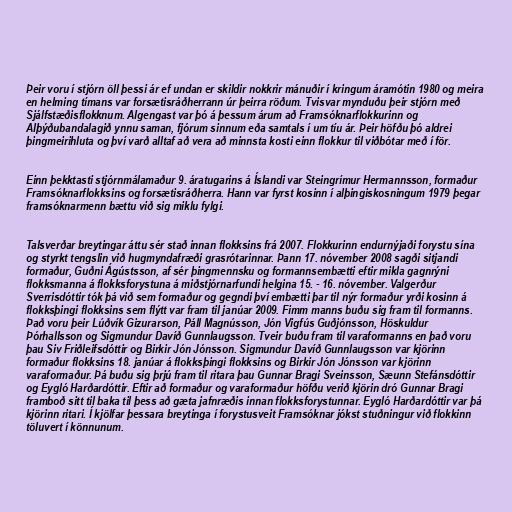
Þeir voru í stjórn öll þessi ár ef undan er skildir nokkrir mánuðir í kringum áramótin 1980 og meira
en helming tímans var forsætisráðherrann úr þeirra röðum. Tvisvar mynduðu þeir stjórn með
Sjálfstæðisflokknum. Algengast var þó á þessum árum að Framsóknarflokkurinn og
Alþýðubandalagið ynnu saman, fjórum sinnum eða samtals í um tíu ár. Þeir höfðu þó aldrei
þingmeirihluta og því varð alltaf að vera að minnsta kosti einn flokkur til viðbótar með í för.

Einn þekktasti stjórnmálamaður 9. áratugarins á Íslandi var Steingrímur Hermannsson, formaður
Framsóknarflokksins og forsætisráðherra. Hann var fyrst kosinn í alþingiskosningum 1979 þegar
framsóknarmenn bættu við sig miklu fylgi.

Talsverðar breytingar áttu sér stað innan flokksins frá 2007. Flokkurinn endurnýjaði forystu sína
og styrkt tengslin við hugmyndafræði grasrótarinnar. Þann 17. nóvember 2008 sagði sitjandi
formaður, Guðni Ágústsson, af sér þingmennsku og formannsembætti eftir mikla gagnrýni
flokksmanna á flokksforystuna á miðstjórnarfundi helgina 15. - 16. nóvember. Valgerður
Sverrisdóttir tók þá við sem formaður og gegndi því embætti þar til nýr formaður yrði kosinn á
flokksþingi flokksins sem flýtt var fram til janúar 2009. Fimm manns buðu sig fram til formanns.
Það voru þeir Lúðvík Gizurarson, Páll Magnússon, Jón Vigfús Guðjónsson, Höskuldur
Þórhallsson og Sigmundur Davíð Gunnlaugsson. Tveir buðu fram til varaformanns en það voru
þau Siv Friðleifsdóttir og Birkir Jón Jónsson. Sigmundur Davíð Gunnlaugsson var kjörinn
formaður flokksins 18. janúar á flokksþingi flokksins og Birkir Jón Jónsson var kjörinn
varaformaður. Þá buðu sig þrjú fram til ritara þau Gunnar Bragi Sveinsson, Sæunn Stefánsdóttir
og Eygló Harðardóttir. Eftir að formaður og varaformaður höfðu verið kjörin dró Gunnar Bragi
framboð sitt til baka til þess að gæta jafnræðis innan flokksforystunnar. Eygló Harðardóttir var þá
kjörinn ritari. Í kjölfar þessara breytinga í forystusveit Framsóknar jókst stuðningur við flokkinn
töluvert í könnunum.